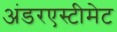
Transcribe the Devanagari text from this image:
अंडरएस्टीमेट